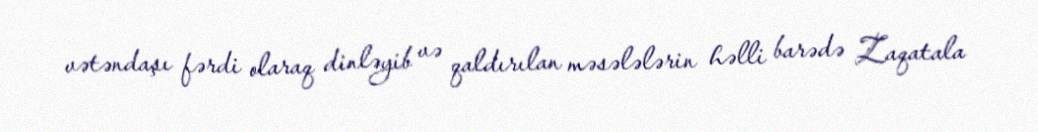
vətəndaşı fərdi olaraq dinləyib və qaldırılan məsələlərin həlli barədə Zaqatala